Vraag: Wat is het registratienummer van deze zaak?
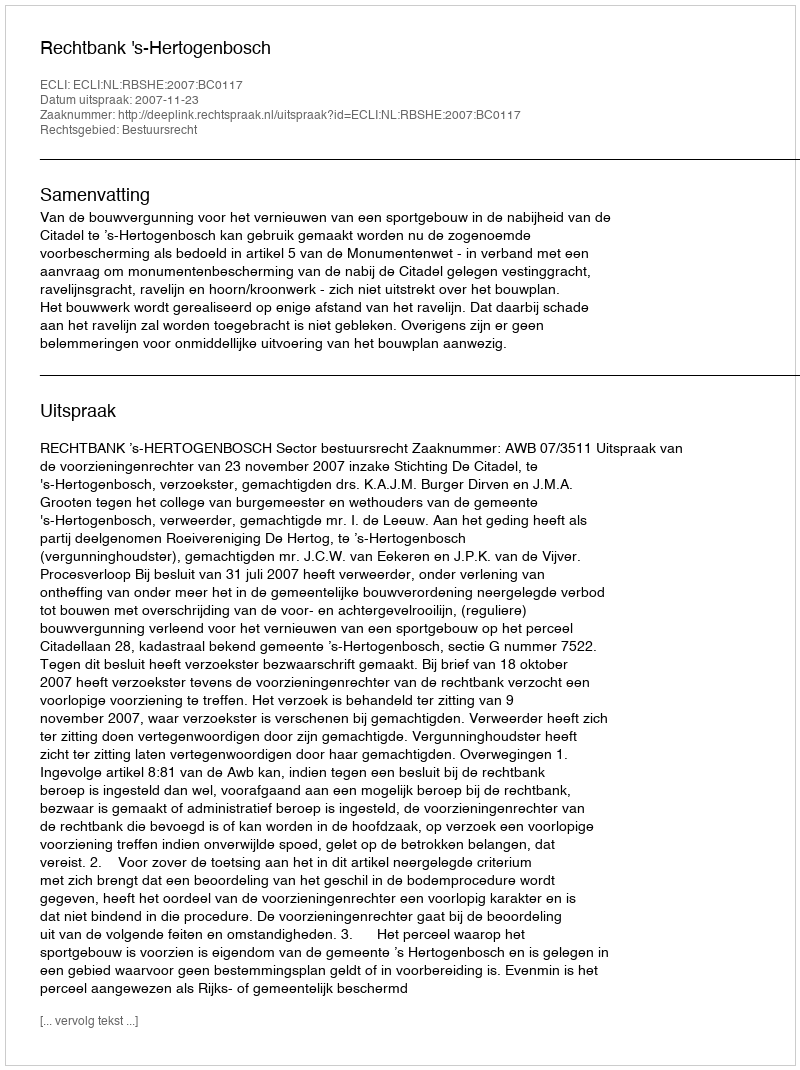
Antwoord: http://deeplink.rechtspraak.nl/uitspraak?id=ECLI:NL:RBSHE:2007:BC0117